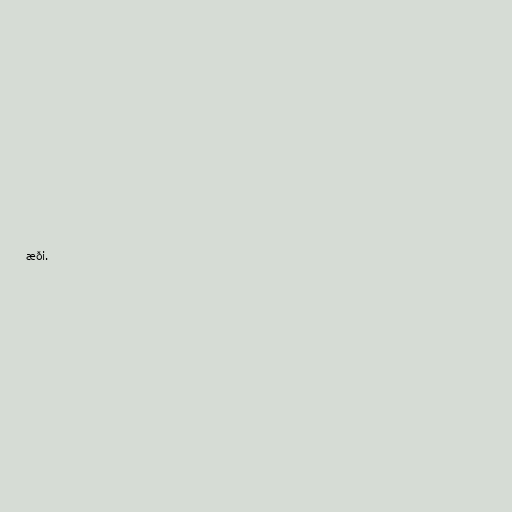
æði.